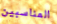
المناسبين